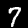
Digit: 7